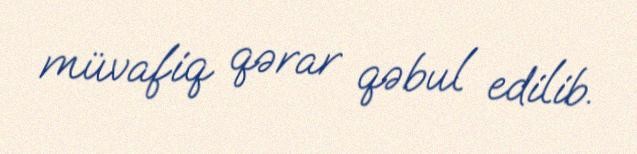
müvafiq qərar qəbul edilib.